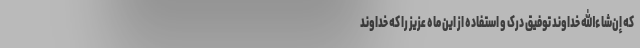
که إن‌شاءالله خداوند توفیق درک و استفاده از این ماه عزیز را که خداوند